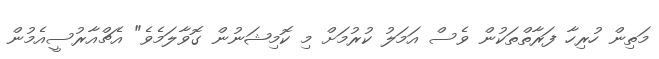
މަތިން ހުރިހާ ފަރާތްތަކުން ވެސް އަމަލު ކުރުމަށް މި ކޮމިޝަނުން ގޮވާލަމެވެ" އެޗްއާރުސީއެމުން